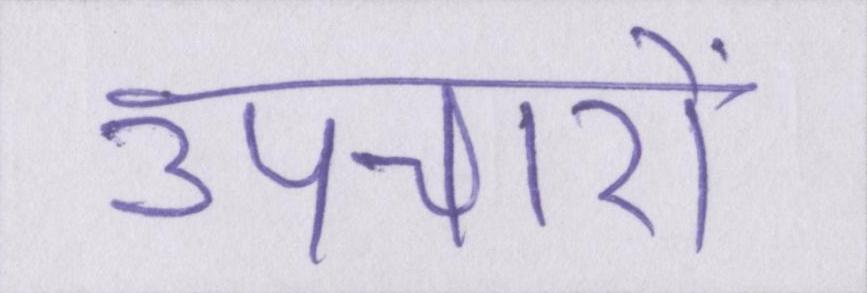
उपचारों